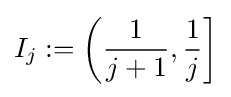
I_{j}:=\left({\frac {1}{j+1}},{\frac {1}{j}}\right]